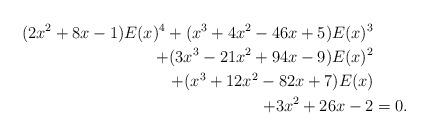
LaTeX: \begin{align*}(2x^2+8x-1)E(x)^4+(x^3+4x^2-46x+5)E(x)^3\\+(3x^3-21x^2+94x-9)E(x)^2\\+(x^3+12x^2-82x+7)E(x)\\+3x^2+26x-2& = 0.\end{align*}